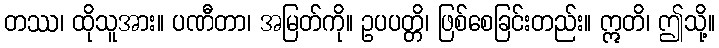
တဿ၊ ထိုသူအား။ ပဏီတာ၊ အမြတ်ကို။ ဥပပတ္တိ၊ ဖြစ်စေခြင်းတည်း။ ဣတိ၊ ဤသို့။